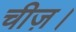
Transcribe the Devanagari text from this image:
चीज़।